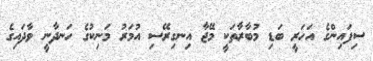
ސިފައިންގެ އަހަރީ ބަޑި މުބާރާތަކީ މޭޖާ އިނގިރޭސި އުމަރު މަނިކުގެ ހަނދާނީ ވާދައިގެ